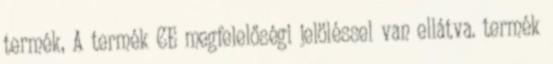
termék, A termék CE megfelelőségi jelöléssel van ellátva. termék